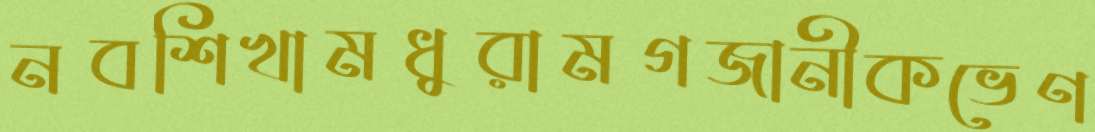
নবশিখামধুরামগজানীকভেণ